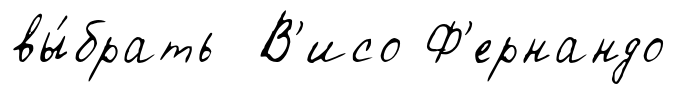
вы́брать В'исо Ф'ернандо